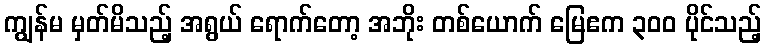
ကျွန်မ မှတ်မိသည့် အရွယ် ရောက်တော့ အဘိုး တစ်ယောက် မြေဧက ၃၀၀ ပိုင်သည့်